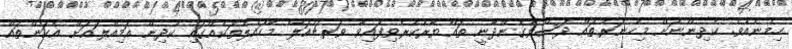
ހިމެނެއެވެ. ކުދިންނަށް މިހުނަރުތައް ދަސްވެގެންދާނީ ތައްޔާރުކުރެވިފައިވާ ވަރޗުއަލް މާހައުލުތަކެއްގައި ކުދިން އަމިއްލައަށް އެކަންތައް